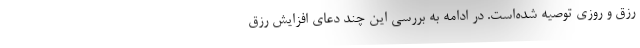
رزق و روزی توصیه شده‌است. در ادامه به بررسی این چند دعای افزایش رزق